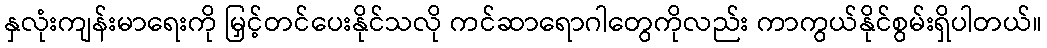
နှလုံးကျန်းမာရေးကို မြှင့်တင်ပေးနိုင်သလို ကင်ဆာရောဂါတွေကိုလည်း ကာကွယ်နိုင်စွမ်းရှိပါတယ်။